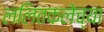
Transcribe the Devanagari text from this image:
ललितकलेच्या